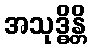
အသုဒ္ဓိန္တိ